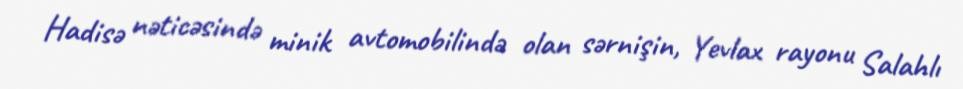
Hadisə nəticəsində minik avtomobilində olan sərnişin, Yevlax rayonu Salahlı